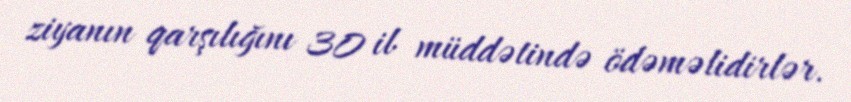
ziyanın qarşılığını 30 il müddətində ödəməlidirlər.